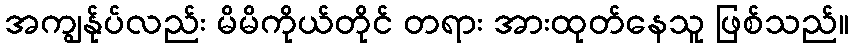
အကျွန်ုပ်လည်း မိမိကိုယ်တိုင် တရား အားထုတ်နေသူ ဖြစ်သည်။